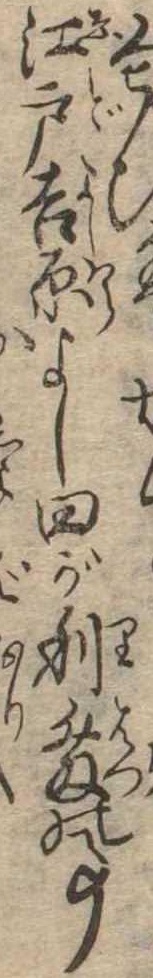
匂ひ江戸吉原よし田が利発の事